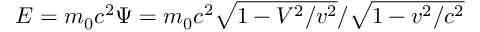
E = m _ { 0 } c ^ { 2 } \Psi = m _ { 0 } c ^ { 2 } \sqrt { 1 - V ^ { 2 } / v ^ { 2 } } / \sqrt { 1 - v ^ { 2 } / c ^ { 2 } }